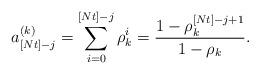
LaTeX: \begin{align*}a^{(k)}_{[Nt]-j}=\sum _{i=0}^{[Nt]-j}\rho _k^i=\frac {1-\rho _k^{[Nt]-j+1}}{1-\rho _k}.\end{align*}